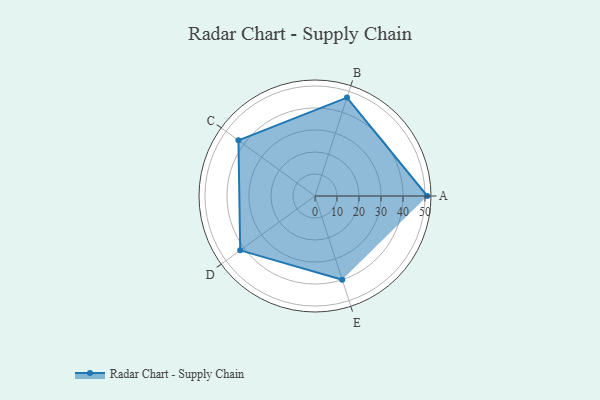
{"axis": {"x": "Skill", "y": "Score"}, "legend": ["Profile"], "data": [{"x": "A", "y": 51.0, "type": "Profile"}, {"x": "B", "y": 47.0, "type": "Profile"}, {"x": "C", "y": 43.0, "type": "Profile"}, {"x": "D", "y": 42.0, "type": "Profile"}, {"x": "E", "y": 40.0, "type": "Profile"}]}